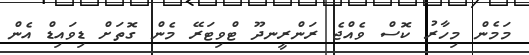
މަމެން މިހާރު ކޮސް ވެއްޖެ ރަންރީނދޫ ޓްވިޓަރޭ މެން ގޮތަށް ޑިވައިޑް އެން